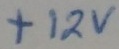
Text: +12V